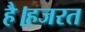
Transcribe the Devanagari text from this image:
है।हजरत